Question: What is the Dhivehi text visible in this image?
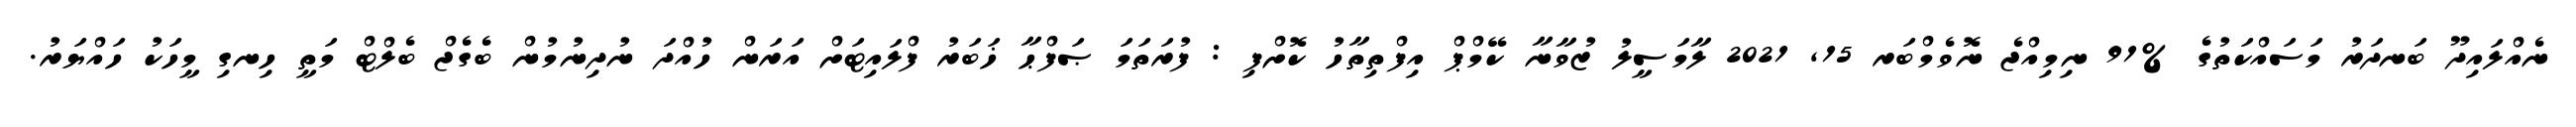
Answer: ނެއްލައިދޫ ބަނދަރު މަސައްކަތުގެ %91 ނިމިއްޖެ ނޮވެމްބަރ 15, 2021 ލާމަސީލު ޒުވާނާ ކޭމްޕް އިފްތިތާހު ކޮށްފި : ފުރަތަމަ ޞަފްޙާ ޚަބަރު ފްލައިޓަށް އަރަން ހުއްދަ ނުދިނުމުން ބެގެޖް ބެލްޓް މަތީ ހިނގި މީހަކު ހައްޔަރު.